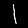
Label: 1